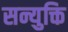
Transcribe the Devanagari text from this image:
सन्युक्ति